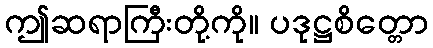
ဤဆရာကြီးတို့ကို။ ပဒုဋ္ဌစိတ္တော